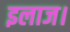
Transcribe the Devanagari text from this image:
इलाज।